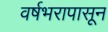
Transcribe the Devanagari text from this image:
वर्षभरापासून